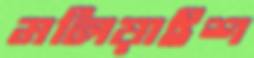
মলিয়াইশ